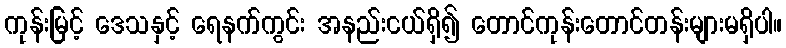
ကုန်းမြင့် ဒေသနှင့် ရေနက်ကွင်း အနည်းငယ်ရှိ၍ တောင်ကုန်းတောင်တန်းများမရှိပါ။